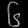
Digit: ၆